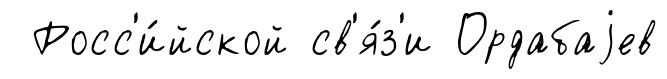
Росс'и́йской св'я́з'и Ордабаjев